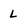
Character: L